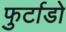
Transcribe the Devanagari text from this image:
फुर्टाडो